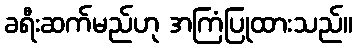
ခရီးဆက်မည်ဟု အကြံပြုထားသည်။